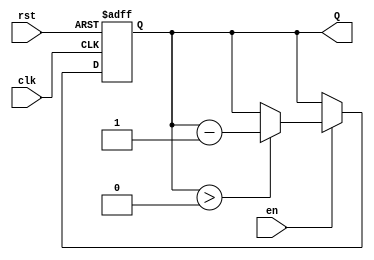
module binary_down_counter #(
    parameter N = 4 // Parameter to define the width of the counter (default is 4 bits)
)(
    input wire clk,     // Clock input
    input wire rst,     // Reset input (active high)
    input wire en,      // Enable input (active high)
    output reg [N-1:0] Q // Counter output
);

    // Maximum count value based on N bits
    localparam MAX_COUNT = (1 << N) - 1;

    // Always block triggered on the rising edge of the clock
    always @(posedge clk or posedge rst) begin
        if (rst) begin
            // Reset condition: set counter to maximum count value
            Q <= MAX_COUNT;
        end else if (en) begin
            // Enable condition: decrement the counter if not zero
            if (Q > 0) begin
                Q <= Q - 1;
            end
        end
    end

endmodule